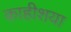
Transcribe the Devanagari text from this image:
काहीशया